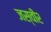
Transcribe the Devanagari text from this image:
जस्वीर